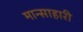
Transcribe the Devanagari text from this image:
मान्साहारी